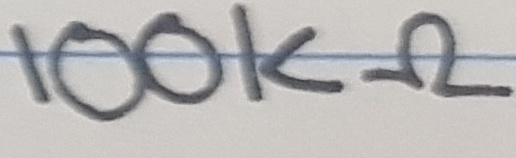
Text: 100KΩ